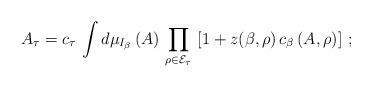
\begin{align*}\left. A_{\tau} = c_{\tau} \, \int d \mu_{I_{\beta}} \, (A) \, \prod_{\rho \in {\cal E}_{\tau}} \, \left[ 1 + z(\beta,\rho) \, c_{\beta} \, (A,\rho) \right] \, ; \right.\end{align*}